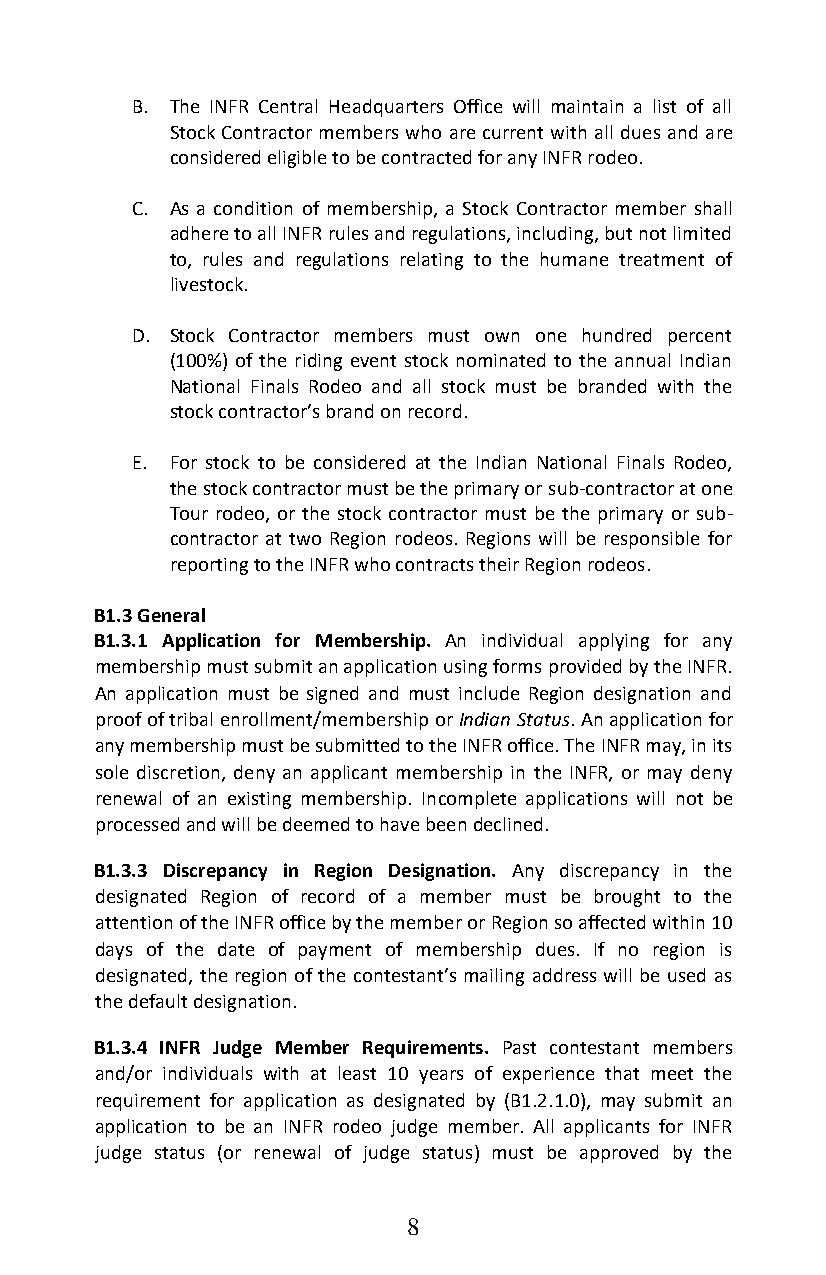
B. The INFR Central Headquarters Office will maintain a list of all
 Stock Contractor members who are current with all dues and are
 considered eligible to be contracted for any INFR rodeo.
 C. As a condition of membership, a Stock Contractor member shall
 adhere to all INFR rules and regulations, including, but not limited
 to, rules and regulations relating to the humane treatment of
 livestock.
 D. Stock Contractor members must own one hundred percent
 (100%) of the riding event stock nominated to the annual Indian
 National Finals Rodeo and all stock must be branded with the
 stock contractor’s brand on record.
 E. For stock to be considered at the Indian National Finals Rodeo,
 the stock contractor must be the primary or sub-contractor at one
 Tour rodeo, or the stock contractor must be the primary or sub-
 contractor at two Region rodeos. Regions will be responsible for
 reporting to the INFR who contracts their Region rodeos.
 B1.3 General
 B1.3.1 Application for Membership. An individual applying for any
 membership must submit an application using forms provided by the INFR.
 An application must be signed and must include Region designation and
 proof of tribal enrollment/membership or Indian Status. An application for
 any membership must be submitted to the INFR office. The INFR may, in its
 sole discretion, deny an applicant membership in the INFR, or may deny
 renewal of an existing membership. Incomplete applications will not be
 processed and will be deemed to have been declined.
 B1.3.3 Discrepancy in Region Designation. Any discrepancy in the
 designated Region of record of a member must be brought to the
 attention of the INFR office by the member or Region so affected within 10
 days of the date of payment of membership dues. If no region is
 designated, the region of the contestant’s mailing address will be used as
 the default designation.
 B1.3.4 INFR Judge Member Requirements. Past contestant members
 and/or individuals with at least 10 years of experience that meet the
 requirement for application as designated by (B1.2.1.0), may submit an
 application to be an INFR rodeo judge member. All applicants for INFR
 judge status (or renewal of judge status) must be approved by the
 8